Lunatic asylums Punjab 1911-1921 - 1911-1921
Year: 1911
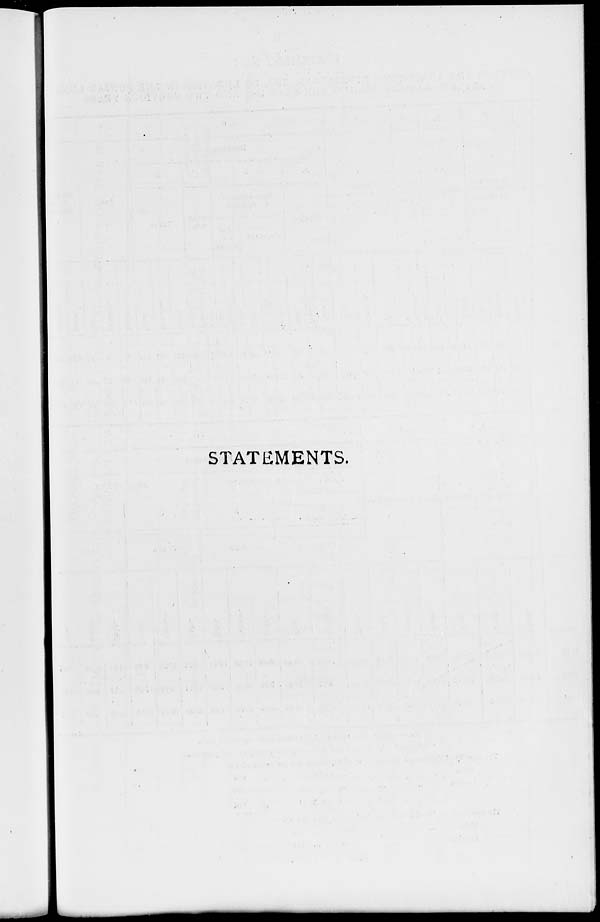
STATEMENTS.